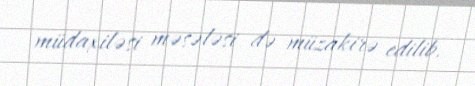
müdaxiləsi məsələsi də müzakirə edilib.